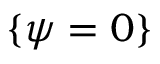
\{ \psi = 0 \}